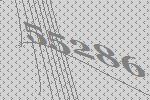
55286